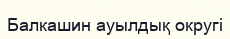
Балкашин ауылдық округі